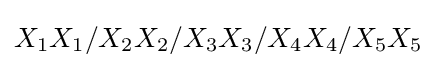
X_{1}X_{1}/X_{2}X_{2}/X_{3}X_{3}/X_{4}X_{4}/X_{5}X_{5}